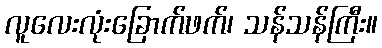
လူလေးလုံးခြောက်ဖက်၊ သန်သန်ကြီး။